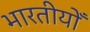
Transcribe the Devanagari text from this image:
भारतीयोँ